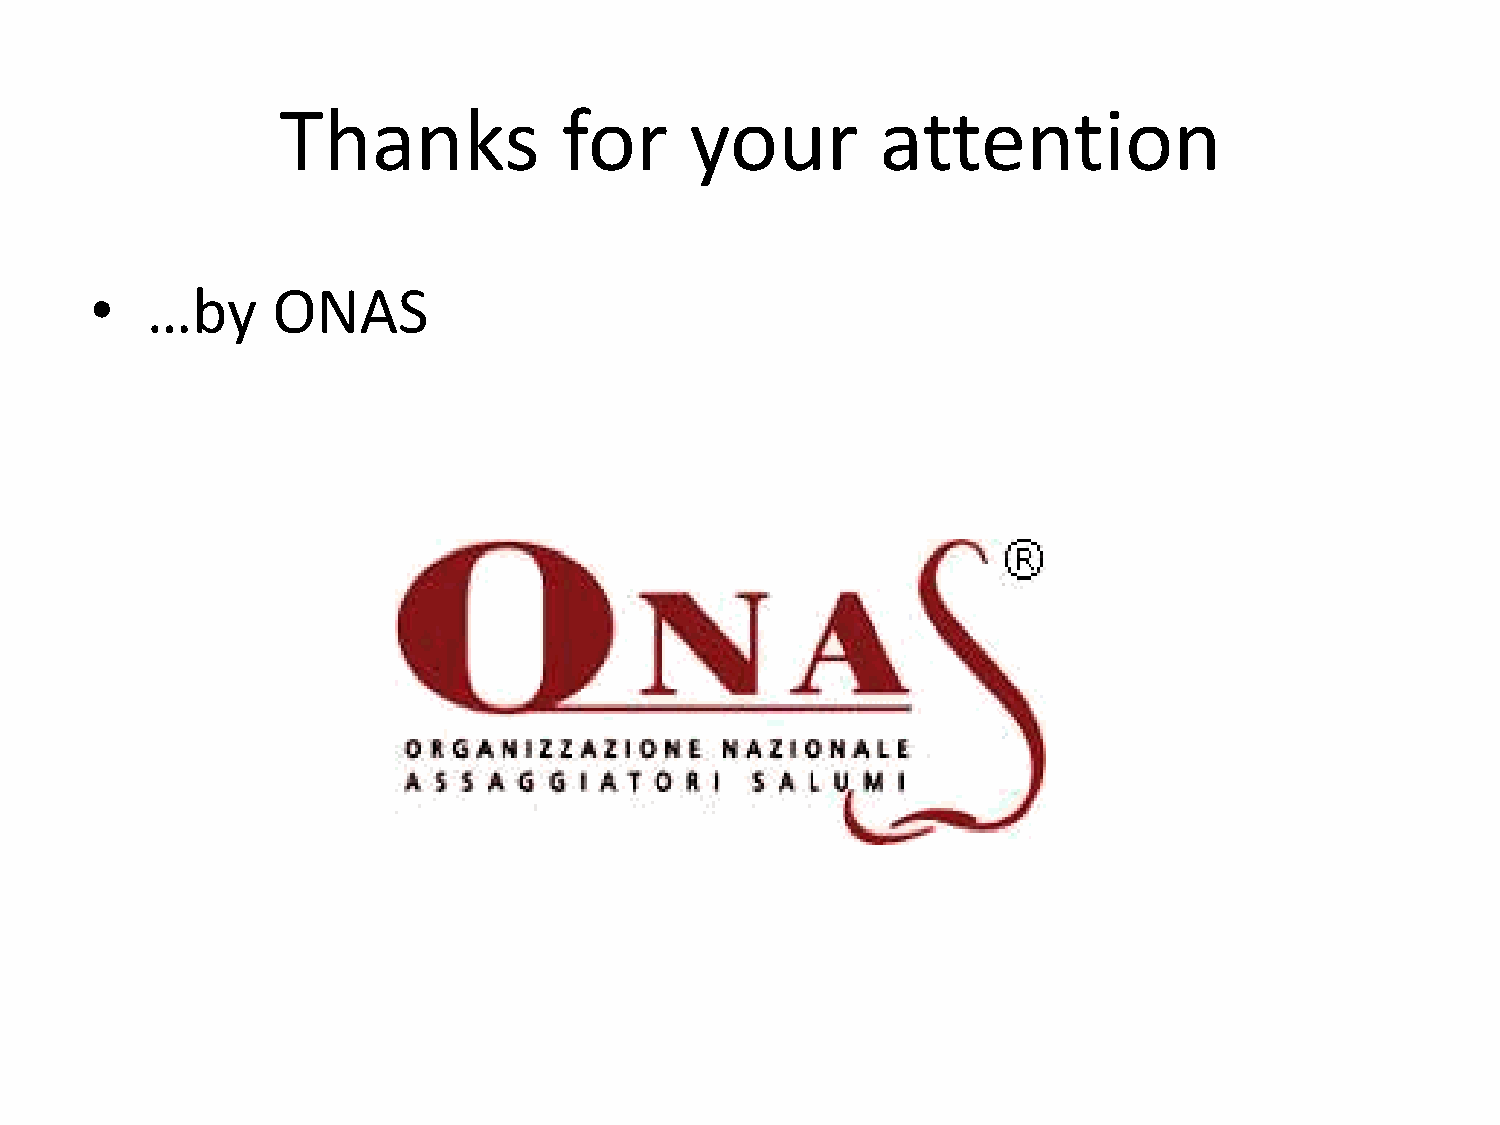
Thanks             for      your        attention
 •   …by     ONAS